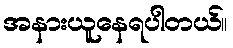
အနားယူနေရပါတယ်။